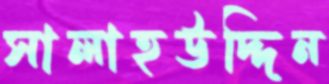
সালাহউদ্দিন